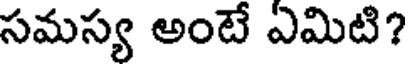
సమస్య అంటే ఏమిటి?